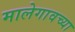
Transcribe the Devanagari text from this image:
मालेगावच्या